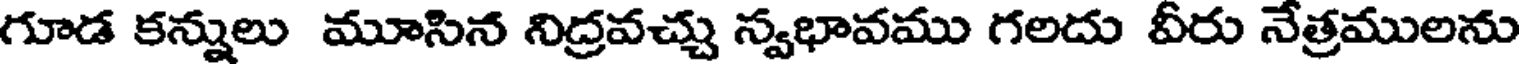
గూడ కన్నులు మూసిన నిద్రవచ్చు స్వభావము గలదు వీరు నేత్రములను